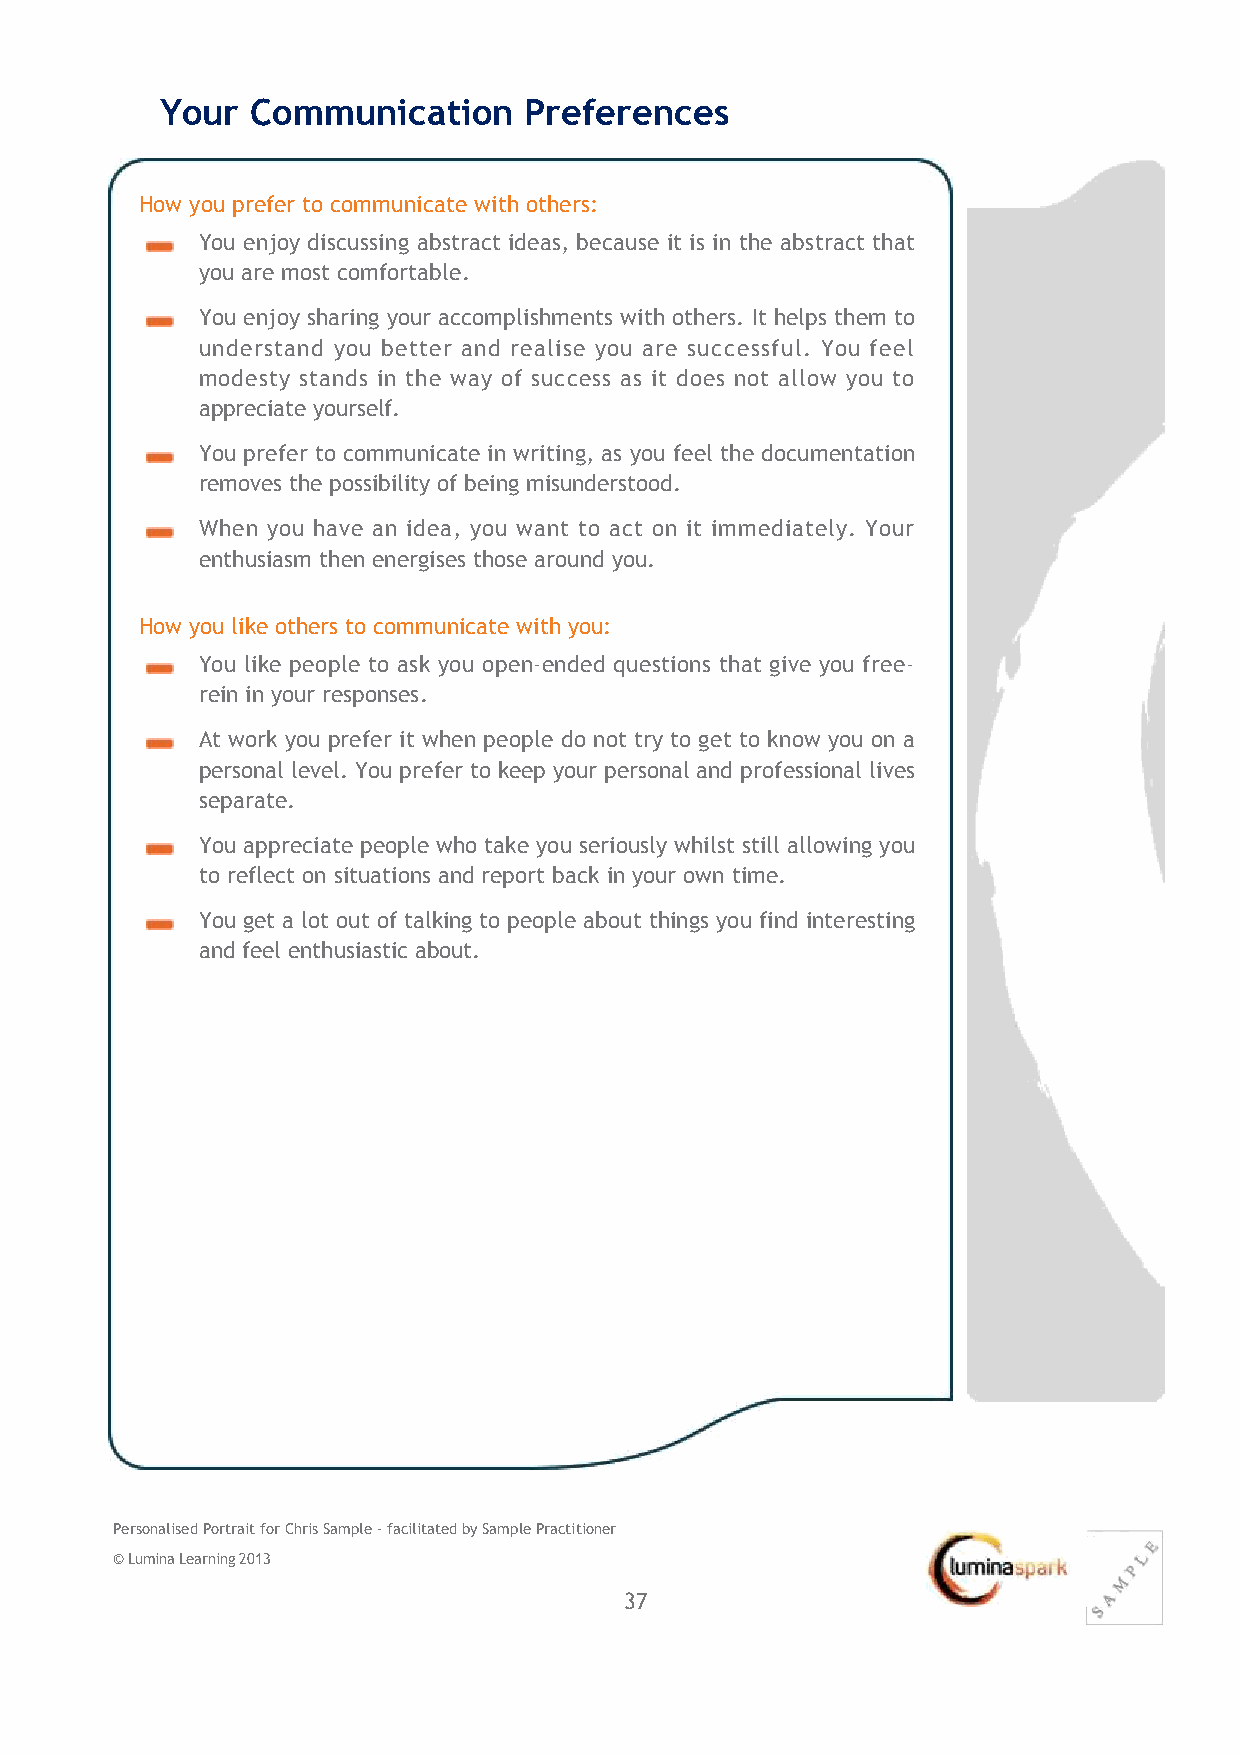
Your  Communication     Preferences
 How you prefer to communicate with others:
 You enjoy discussing abstract ideas, because it is in the abstract that
 you are most comfortable.
 You enjoy sharing your accomplishments with others. It helps them to
 understand you better and realise you are successful. You feel
 modesty stands in the way of success as it does not allow you to
 appreciate yourself.
 You prefer to communicate in writing, as you feel the documentation
 removes the possibility of being misunderstood.
 When you have an idea, you want to act on it immediately. Your
 enthusiasm then energises those around you.
 How you like others to communicate with you:
 You like people to ask you open‐ended questions that give you free‐
 rein in your responses.
 At work you prefer it when people do not try to get to know you on a
 personal level. You prefer to keep your personal and professional lives
 separate.
 You appreciate people who take you seriously whilst still allowing you
 to reflect on situations and report back in your own time.
 You get a lot out of talking to people about things you find interesting
 and feel enthusiastic about.
 Personalised Portrait for Chris Sample ‐ facilitated by Sample Practitioner
 © Lumina Learning 2013
 37